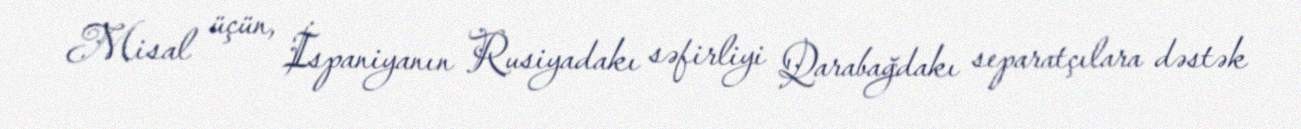
Misal üçün, İspaniyanın Rusiyadakı səfirliyi Qarabağdakı separatçılara dəstək